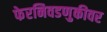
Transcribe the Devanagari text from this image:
फेरनिवडणुकीवर